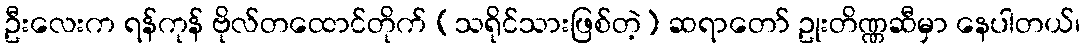
ဦးလေးက ရန်ကုန် ဗိုလ်တထောင်တိုက် (သရိုင်သားဖြစ်တဲ့) ဆရာတော် ဥုးတိဏ္ဏဆီမှာ နေပါတယ်၊